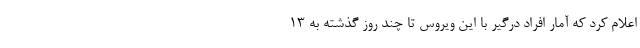
اعلام کرد که آمار افراد درگیر با این ویروس تا چند روز گذشته به ۱۳